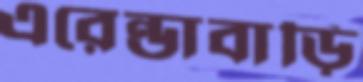
এরেন্ডাবাড়ি